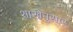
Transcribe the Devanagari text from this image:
शाखेनुसार